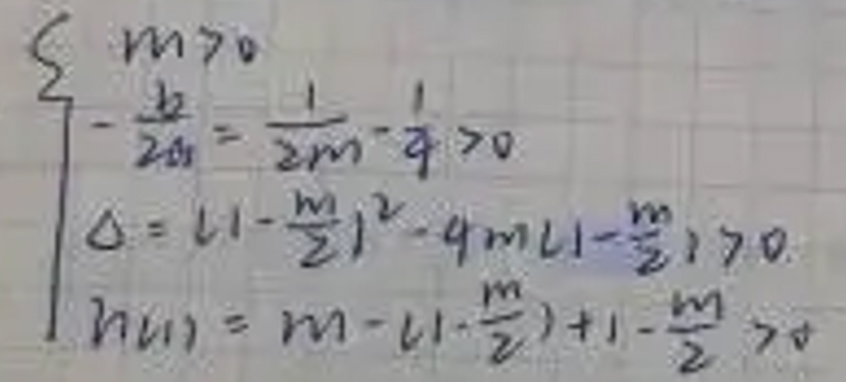
\[
\begin{cases}
m>0 \\
-\frac{1}{2a}=\frac{1}{2m}-\frac{1}{4}>0 \\
\Delta=(1 - \frac{m}{2})^2-4m(1 - \frac{m}{2})>0 \\
h(1)=m-(1 - \frac{m}{2})+1 - \frac{m}{2}>0
\end{cases}
\]